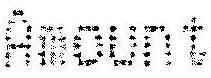
AMOUNT